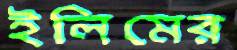
ইলিমের